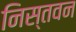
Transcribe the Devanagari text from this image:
निस्तवन